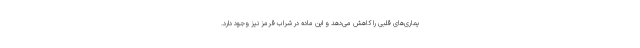
یماری‌های قلبی را کاهش می‌دهد و این ماده در شراب قرمز نیز وجود دارد.